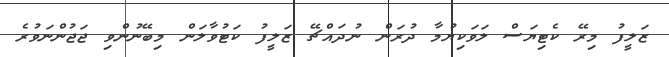
ޒަލީފު މިރޭ ކެޓިޔަސް ލަވަކިޔުމާ ދުރަން ނުދައްޗޭ ޒަލީފު ކަޓުވާލަން މިބޭނުންވި ޖަޖުންނަވުރެ